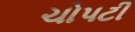
ચોપટી